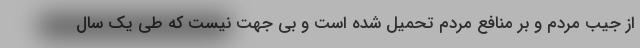
از جیب مردم و بر منافع مردم تحمیل شده است و بی جهت نیست که طی یک سال